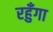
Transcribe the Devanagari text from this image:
रहुँगा